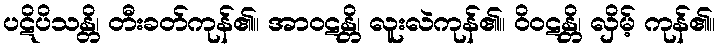
ပဋိပိသန္တိ၊ တီးခတ်ကုန်၏။ အာဝဋန္တိ၊ လူးလဲကုန်၏။ ဝိဝဋန္တိ၊ လှိမ့် ကုန်၏။